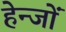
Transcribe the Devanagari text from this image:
हेन्जों